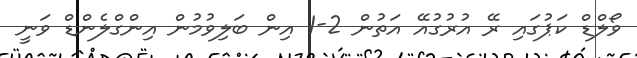
ވޯލްޑް ކަޕުގައި ރޭ އުރުގުއޭ އަތުން 2-1 އިން ބަލިވުމުން އިންގްލެންޑް ވަނީ